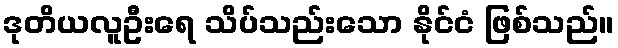
ဒုတိယလူဦးရေ သိပ်သည်းသော နိုင်ငံ ဖြစ်သည်။